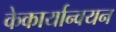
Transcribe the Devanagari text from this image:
केकार्यान्वयन